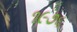
૧૯૭૬